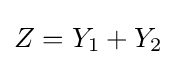
Z=Y_{1}+Y_{2}\!